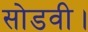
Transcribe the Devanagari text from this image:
सोडवी।